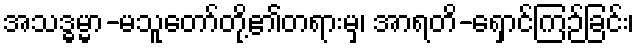
အသဒ္ဓမ္မာ-မသူတော်တို့၏တရားမှ၊ အာရတိ-ရှောင်ကြဉ်ခြင်း၊